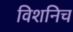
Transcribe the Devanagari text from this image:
विशनिच